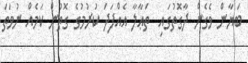
ބަޔާން ވެގެން ދާގޮތުގައި  ތަޢާލާ އެއްފަދަ ކުރުމުގެ ގޮތުން ކަމެއް ނުވަތަ